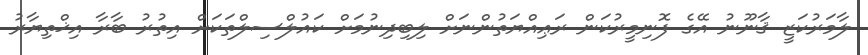
ލާމަރުކަޒީ ޤާނޫނު އޭގެ ފޮނިމީރުކަން ރަޢިއްޔަތުންނަށް ލިބިދިނުމަށް ކައުލްސިލްތަކަށް އިތުރު ބާރާ އިޚްތިޔާރު